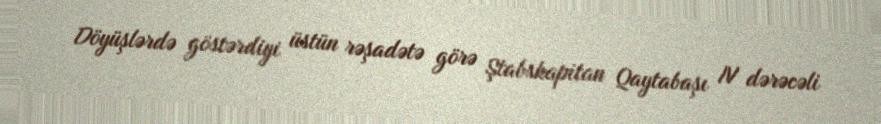
Döyüşlərdə göstərdiyi üstün rəşadətə görə Ştabskapitan Qaytabaşı IV dərəcəli